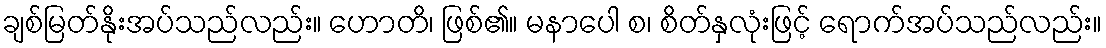
ချစ်မြတ်နိုးအပ်သည်လည်း။ ဟောတိ၊ ဖြစ်၏။ မနာပေါ စ၊ စိတ်နှလုံးဖြင့် ရောက်အပ်သည်လည်း။